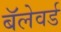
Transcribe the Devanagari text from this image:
बॅलेवर्ड